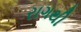
રાગથી